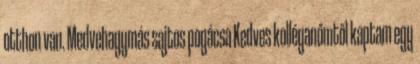
otthon van. Medvehagymás sajtos pogácsa Kedves kolléganőmtől kaptam egy